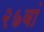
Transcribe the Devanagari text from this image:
२७वां